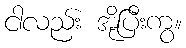
ငါလည်း အိုပြီးကွ။